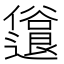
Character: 𫤈